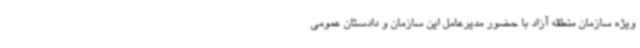
ویژه سازمان منطقه آزاد با حضور مدیرعامل این سازمان و دادستان عمومی